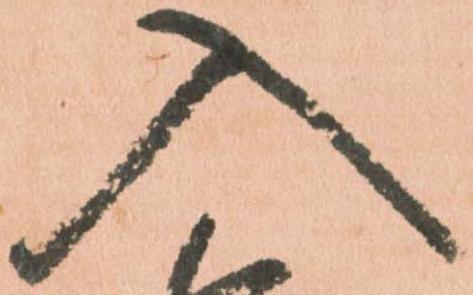
入